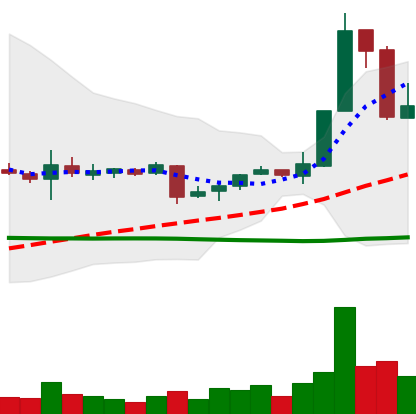
Ticker: XRP-USD
Chart end date: 2018-11-09
Forward return: -5.252%
Label: down_5_7